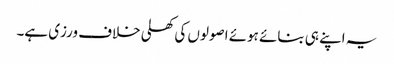
یہ اپنے ہی بنائے ہوئے اصولوں کی کھلی خلاف ورزی ہے۔